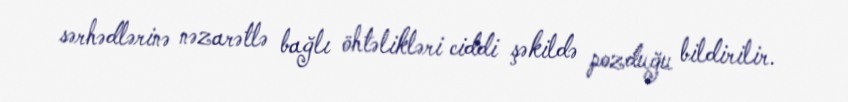
sərhədlərinə nəzarətlə bağlı öhtəlikləri ciddi şəkildə pozduğu bildirilir.